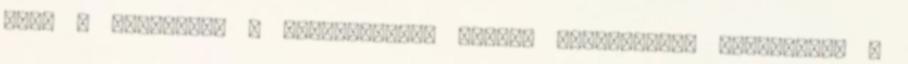
álom 0 Csokibár: A csodaszarvas meséje Aranyszamár Bábszínház 0